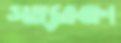
সত্যরক্ষা